Vaccine operations Central Provinces 1886-1899 - 1886-1899
Year: 1886
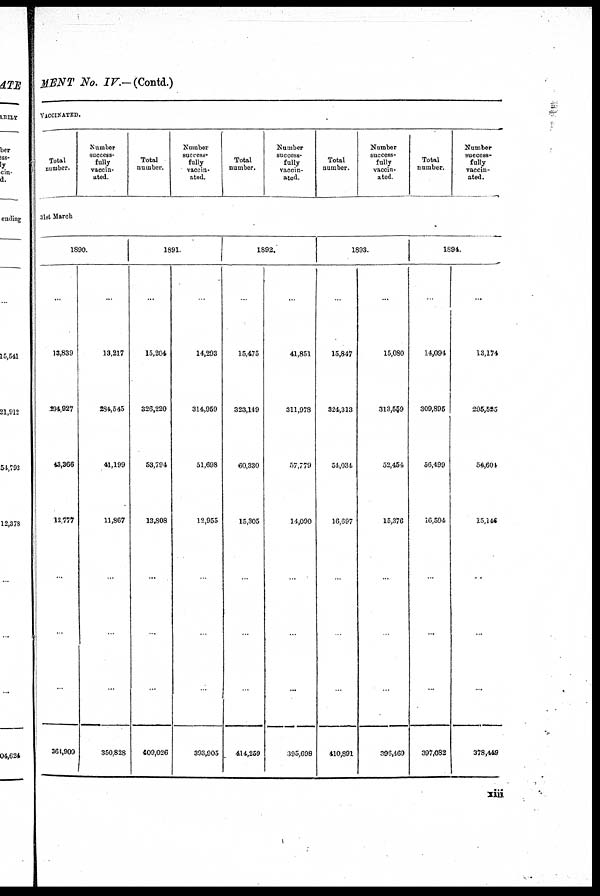
MENT No. IV.—(Contd.)
VACCINATED.
Total
number.
Number
success¬
fully
vaccin-
ated.
Total
number.
Number
success¬
fully
vaccin-
ated.
Total
number.
Number
success-
fully
vaccin-
ated.
Total
number.
Number
success-
fully
vaccin-
ated.
Total
number.
Number
success-
fully
vaccin-
ated.
31st March
1890.
...
13,839
294,927
43,366
12,777
...
...
...
364,909
...
13,217
284,545
41,199
11,867
...
...
...
350,828
1891.
...
15,204
326,220
53,794
13,808
...
...
...
409,026
...
14,293
314,959
51,698
12,955
...
...
...
393,905
1892.
...
15,475
323,149
60,330
15,305
...
...
...
414,259
...
41,851
311,978
57,779
14,090
...
...
...
395,698
1893.
...
15,847
324,313
54,034
16,697
...
...
...
410,891
...
15,080
313,559
52,454
15,376
...
...
...
396,469
1894.
...
14,094
309,895
56,499
16,594
...
...
...
397,082
...
13,174
295,525
54,604
15,144
...
...
...
378,449
xiii